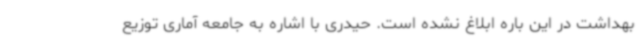
بهداشت در این باره ابلاغ نشده است. حیدری با اشاره به جامعه آماری توزیع